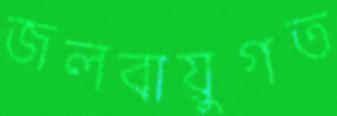
জলবায়ুগত